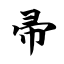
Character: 帚